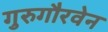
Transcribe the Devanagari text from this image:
गुरुगौरवेन